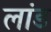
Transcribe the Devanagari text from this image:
लांड